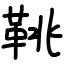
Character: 鞉